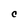
Character: C